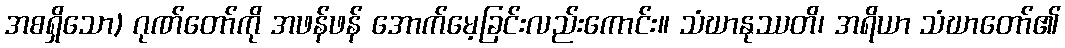
အစရှိသော) ဂုဏ်တော်ကို အဖန်ဖန် အောက်မေ့ခြင်းလည်းကောင်း။ သံဃာနုဿတိ၊ အရိယာ သံဃာတော်၏